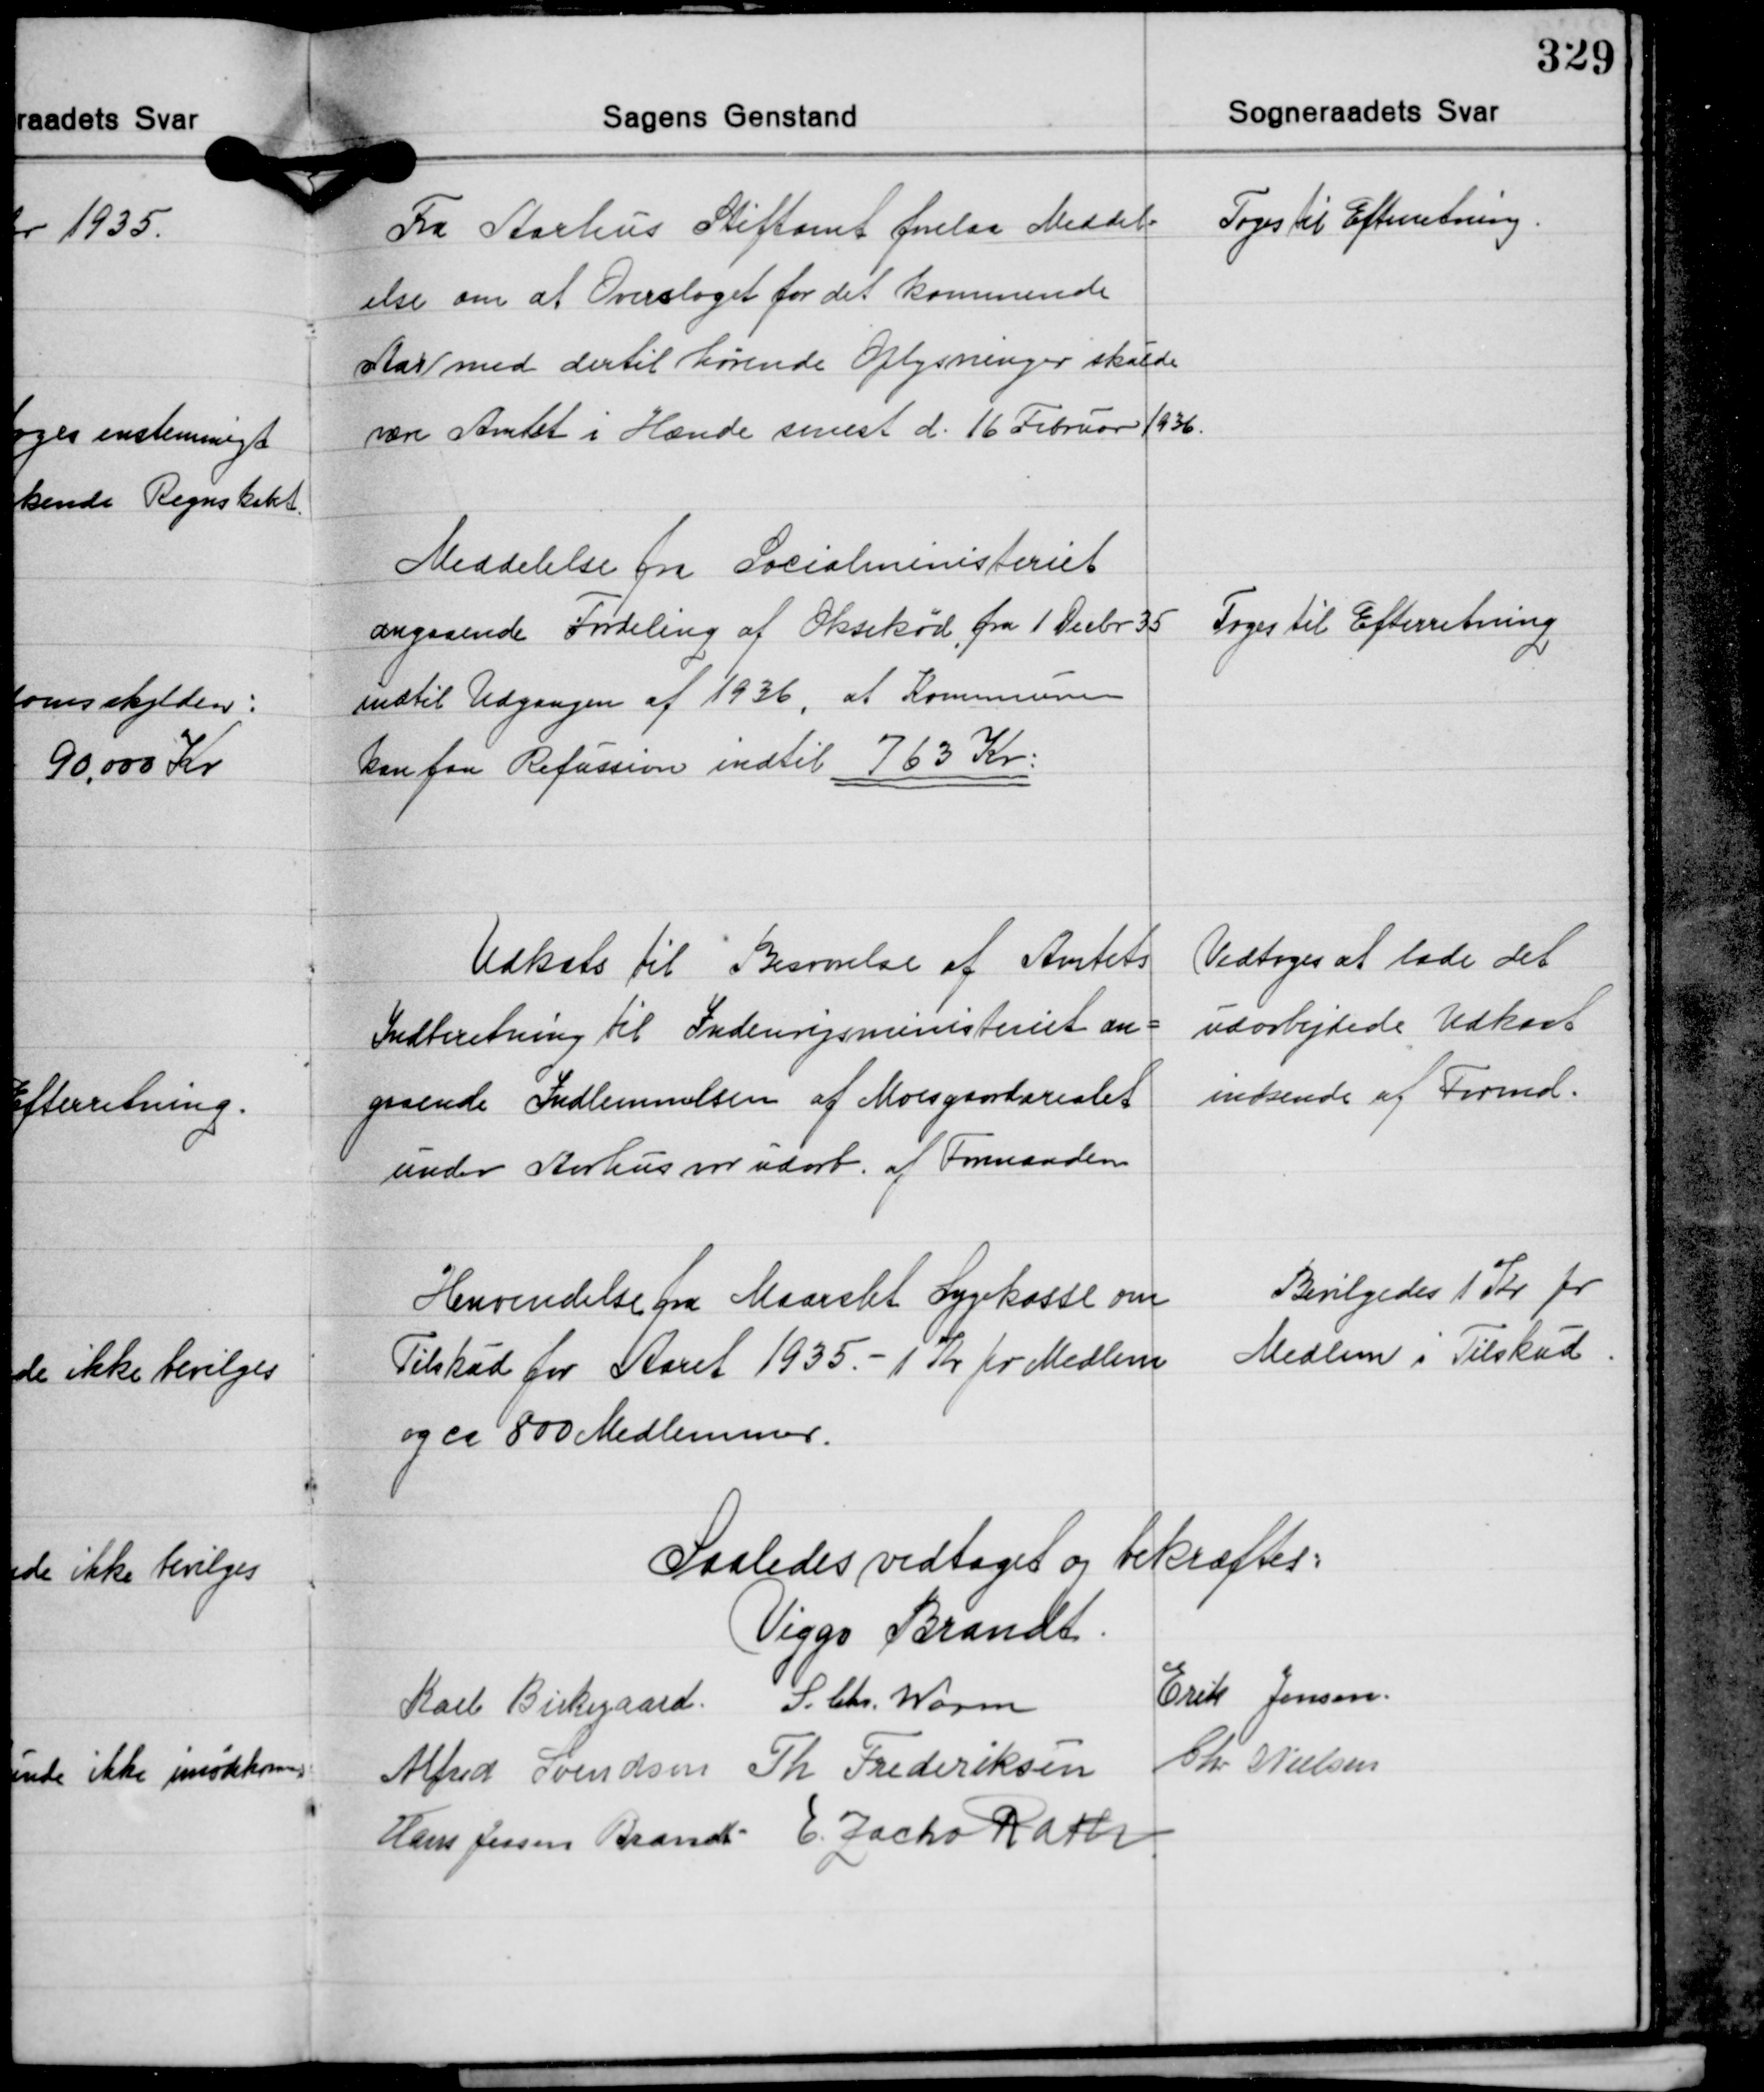
Transskription:
Fra Aarhus Stiftamt forelaa Meddel-
else om at Overslaget for det kommende
Aar med dertil hørende Oplysninger skulde
være Amtet i Hænde senest d. 16 Februar 1936.

Toges til Efterretning.

Meddelelse fra Socialministeriet
angaaende Fordeling af Oksekød fra 1 Decbr. 35
indtil Udgangen af 1936, at Kommunen
kan faa Refussion indtil 763 Kr.

Toges til Efterretning

Udkats til Besvarelse af Amtets
Indberetning til Indenrigsministeriet an-
gaaende Indlemmelsen af Moesgaardarealet
under Aarhus var udarb. af Formanden

Vedtoges at lade det
udarbejdede Udkast
indsende af Formd.

Henvendelse fra Maarslet Sygekasse om
Tilskud for Aaret 1935. -1 Kr. pr. Medlem
og ca. 800 Medlemmer.

Bevilgedes 1 Kr pr.
Medlem i Tilskud

Saaledes vedtaget og bekræftes:
Viggo Brandt
Karl Birkegaard S. Chr. Worm Erik Jensen
Alfred Svendsen Th. Frederiksen Chr. Nielsen
Hans Jessen Brandt E. Zacho Rath